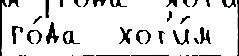
го́да  хот'и́м